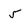
Character: 5